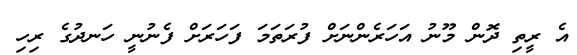
އެ ރީތި ދޮން މޫނު އަހަރެންނަށް ފުރަތަމަ ފަހަރަށް ފެނުނީ ހަނދުގެ ރިހި